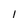
Character: I